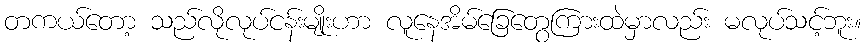
တကယ်တော့ သည်လိုလုပ်ငန်းမျိုးဟာ လူနေအိမ်ခြေတွေကြားထဲမှာလည်း မလုပ်သင့်ဘူး။